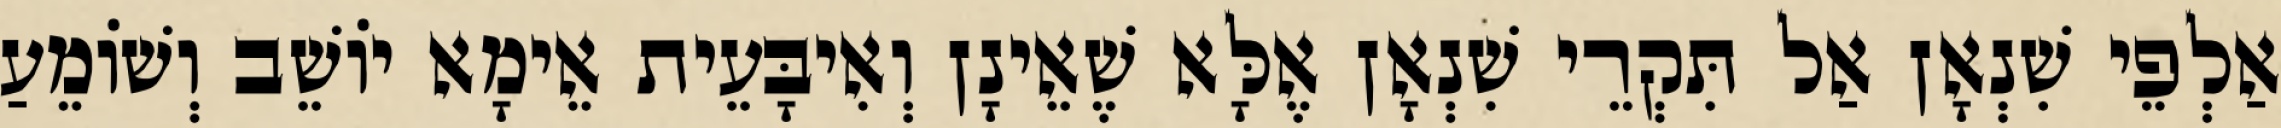
אַלְפֵי שִׁנְאָן אַל תִּקְרֵי שִׁנְאָן אֶלָּא שֶׁאֵינָן וְאִיבָּעֵית אֵימָא יוֹשֵׁב וְשׁוֹמֵעַ